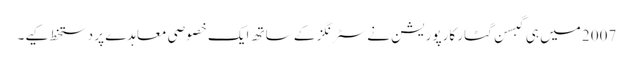
2007 میں ہی گبسن گٹار کارپوریشن نے سٹرنگز کے ساتھ ایک خصوصی معاہدے پر دستخط کیے۔